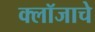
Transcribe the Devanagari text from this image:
क्लॉजाचे